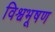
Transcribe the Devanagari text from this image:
विश्वभूषण